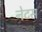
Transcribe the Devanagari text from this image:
नेटस